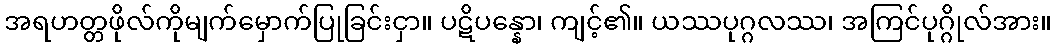
အရဟတ္တဖိုလ်ကိုမျက်မှောက်ပြုခြင်းငှာ။ ပဋိပန္နော၊ ကျင့်၏။ ယဿပုဂ္ဂလဿ၊ အကြင်ပုဂ္ဂိုလ်အား။